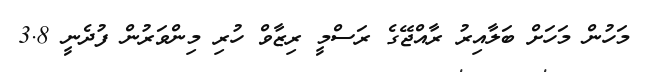
މަހުން މަހަށް ބަލާއިރު ރާއްޖޭގެ ރަސްމީ ރިޒާވް ހުރި މިންވަރުން ފުދެނީ 3.8